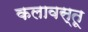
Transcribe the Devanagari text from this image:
कलावस्तू